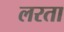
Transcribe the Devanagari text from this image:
लरता